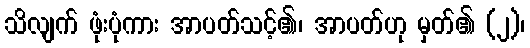
သိလျက် ဖုံးပုံကား အာပတ်သင့်၏၊ အာပတ်ဟု မှတ်၏ (၂)၊